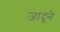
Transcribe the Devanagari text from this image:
जादूने